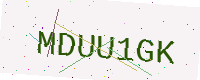
Text: MDUU1GK